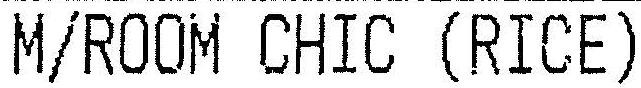
M/ROOM CHIC (RICE)